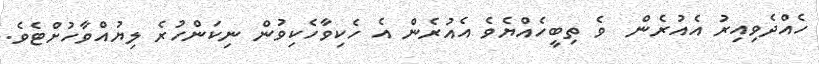
ހެއްދެވިއިރު އެއުރެން  ވެ ތިބީހެއްޔެވެ އެއުރެން އެ ހެކިވާހެކިވުން ނިކަންހުރެ ލިޔުއްވާހުށްޓެވެ.